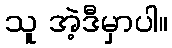
သူ အဲ့ဒီမှာပါ။